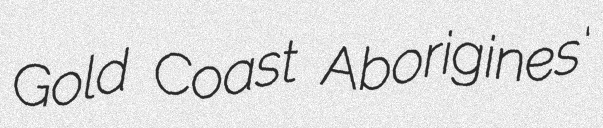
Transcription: Gold Coast Aborigines'